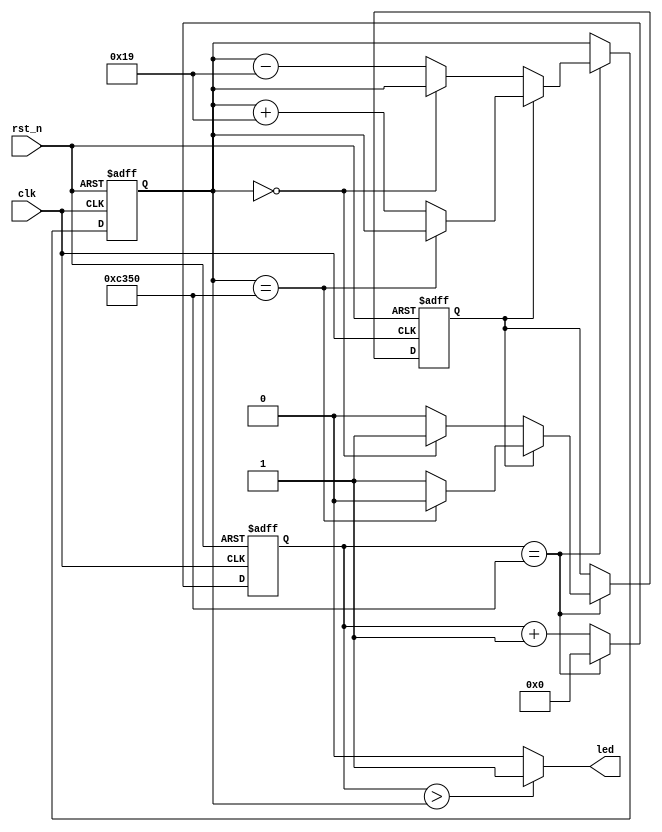
// breath led by PWM
module breath_led (
    input clk,
    input rst_n,

    output led
);
    // register
    reg [15:0] cnt;
    reg [15:0] cnt_th;
    reg inc_dec_flag;

    // main code
    // counter
    always @(posedge clk, negedge rst_n) begin
        if(!rst_n)
            cnt <= 1'b0;
        else if(cnt == 16'd50_000)
            cnt <= 1'b0;
        else
            cnt <= cnt + 1'b1;
    end
    //
    always @(posedge clk, negedge rst_n) begin
        if(!rst_n) begin
            cnt_th <= 1'b0;
            inc_dec_flag <= 1'b1;
        end
        else begin
            if(cnt == 16'd50_000) begin
                if(inc_dec_flag == 1'b1) begin
                    if(cnt_th == 16'd50_000) begin
                        inc_dec_flag <= 1'b0;
                    end
                    else begin
                       cnt_th <= cnt_th + 16'd25; 
                    end
                end
                else begin
                    if(cnt_th == 1'b0) begin
                        inc_dec_flag <= 1'b1;
                    end
                    else begin
                        cnt_th <= cnt_th - 16'd25;
                    end
                end
            end
            else begin
                // nothing
            end
        end
    end
	 // 
    assign led = (cnt > cnt_th) ? 1'b1:1'b0;
endmodule